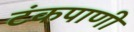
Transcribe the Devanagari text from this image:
टंकपाणी